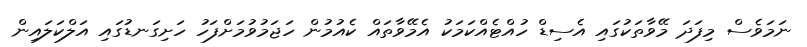
ނަމަވެސް މިފަދަ މޭވާތަކުގައި އެސިޑް ހުއްޓެއްކަމަކު އެމޭވާތައް ކެއުމުން ހަޖަމުވުމަށްފަހު ހަށިގަނޑުގައި އަލްކަލައިން